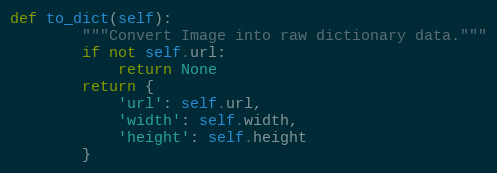
Language: Python
def to_dict(self):
        """Convert Image into raw dictionary data."""
        if not self.url:
            return None
        return {
            'url': self.url,
            'width': self.width,
            'height': self.height
        }